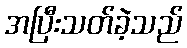
အပြီးသတ်ခဲ့သည်